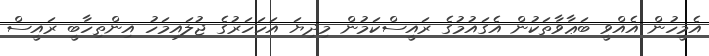
އެމީހުން އެއްވީ ބަޢާވާތަކުން އެގައުމުގެ ރައީސްކަމުން މިދިޔަ އަހަހަރުގެ ޖުލައިމަހު އިންތިހާބީ ރައީސް